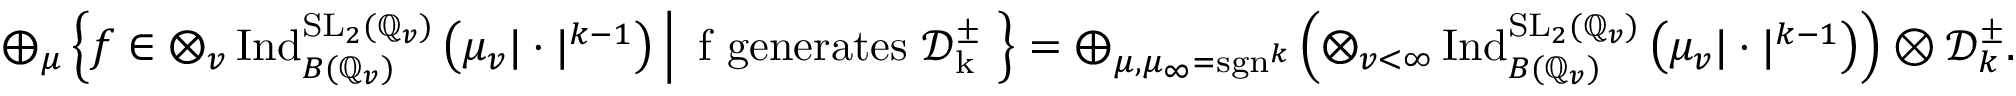
\begin{array} { r } { \bigoplus _ { \mu } \left\{ f \in \bigotimes _ { v } \operatorname { I n d } _ { B ( \mathbb { Q } _ { v } ) } ^ { \mathrm { S L } _ { 2 } ( \mathbb { Q } _ { v } ) } \left( \mu _ { v } | \cdot | ^ { k - 1 } \right) \, \middle | \, \mathrm { ~ f ~ g e n e r a t e s ~ \mathcal { D } _ k ^ \pm ~ } \right\} = \bigoplus _ { \mu , \mu _ { \infty } = \operatorname { s g n } ^ { k } } \left( \bigotimes _ { v < \infty } \operatorname { I n d } _ { B ( \mathbb { Q } _ { v } ) } ^ { \mathrm { S L } _ { 2 } ( \mathbb { Q } _ { v } ) } \left( \mu _ { v } | \cdot | ^ { k - 1 } \right) \right) \otimes \mathcal { D } _ { k } ^ { \pm } . } \end{array}